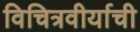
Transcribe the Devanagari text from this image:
विचित्रवीर्याची